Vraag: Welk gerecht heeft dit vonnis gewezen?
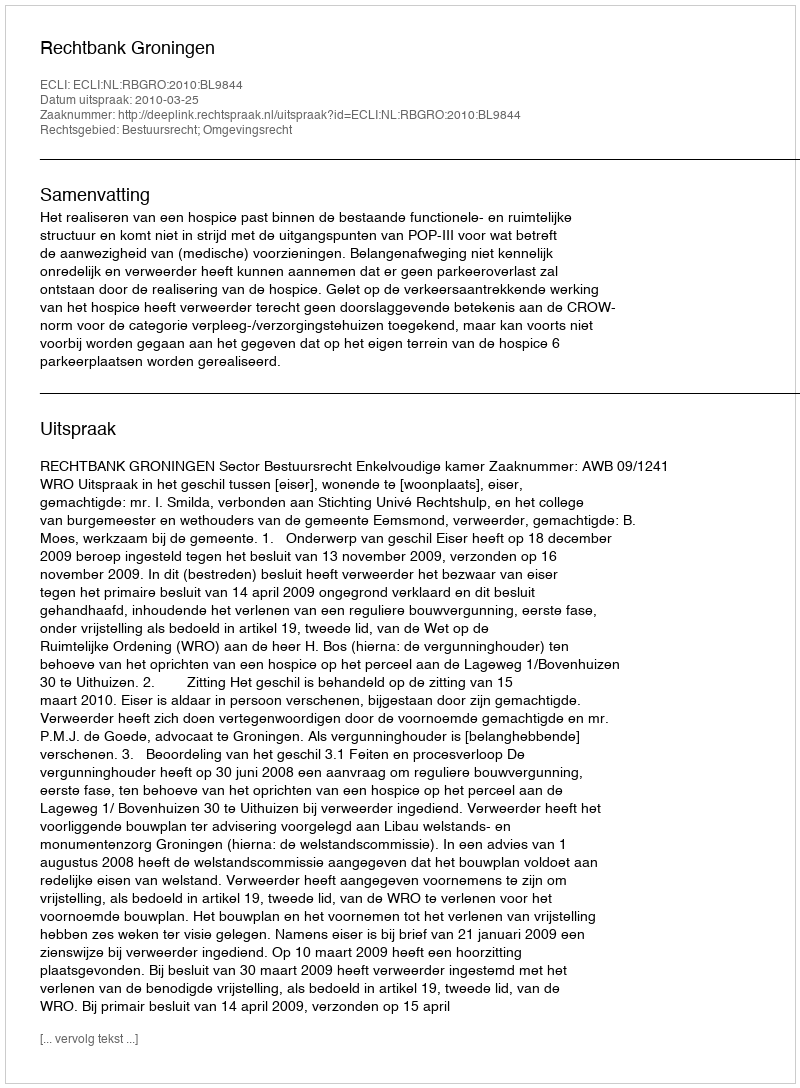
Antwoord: Rechtbank Groningen